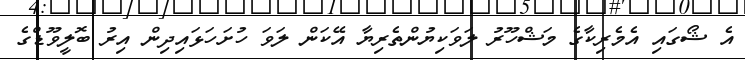
އެ ޝޯގައި އެމެރިކާގެ މަޝްހޫރު ލަވަކިޔުންތެރިޔާ އޭކަން ލަވަ ހުށަހަޅައިދިން އިރު ބޮލީވޫޑްގެ